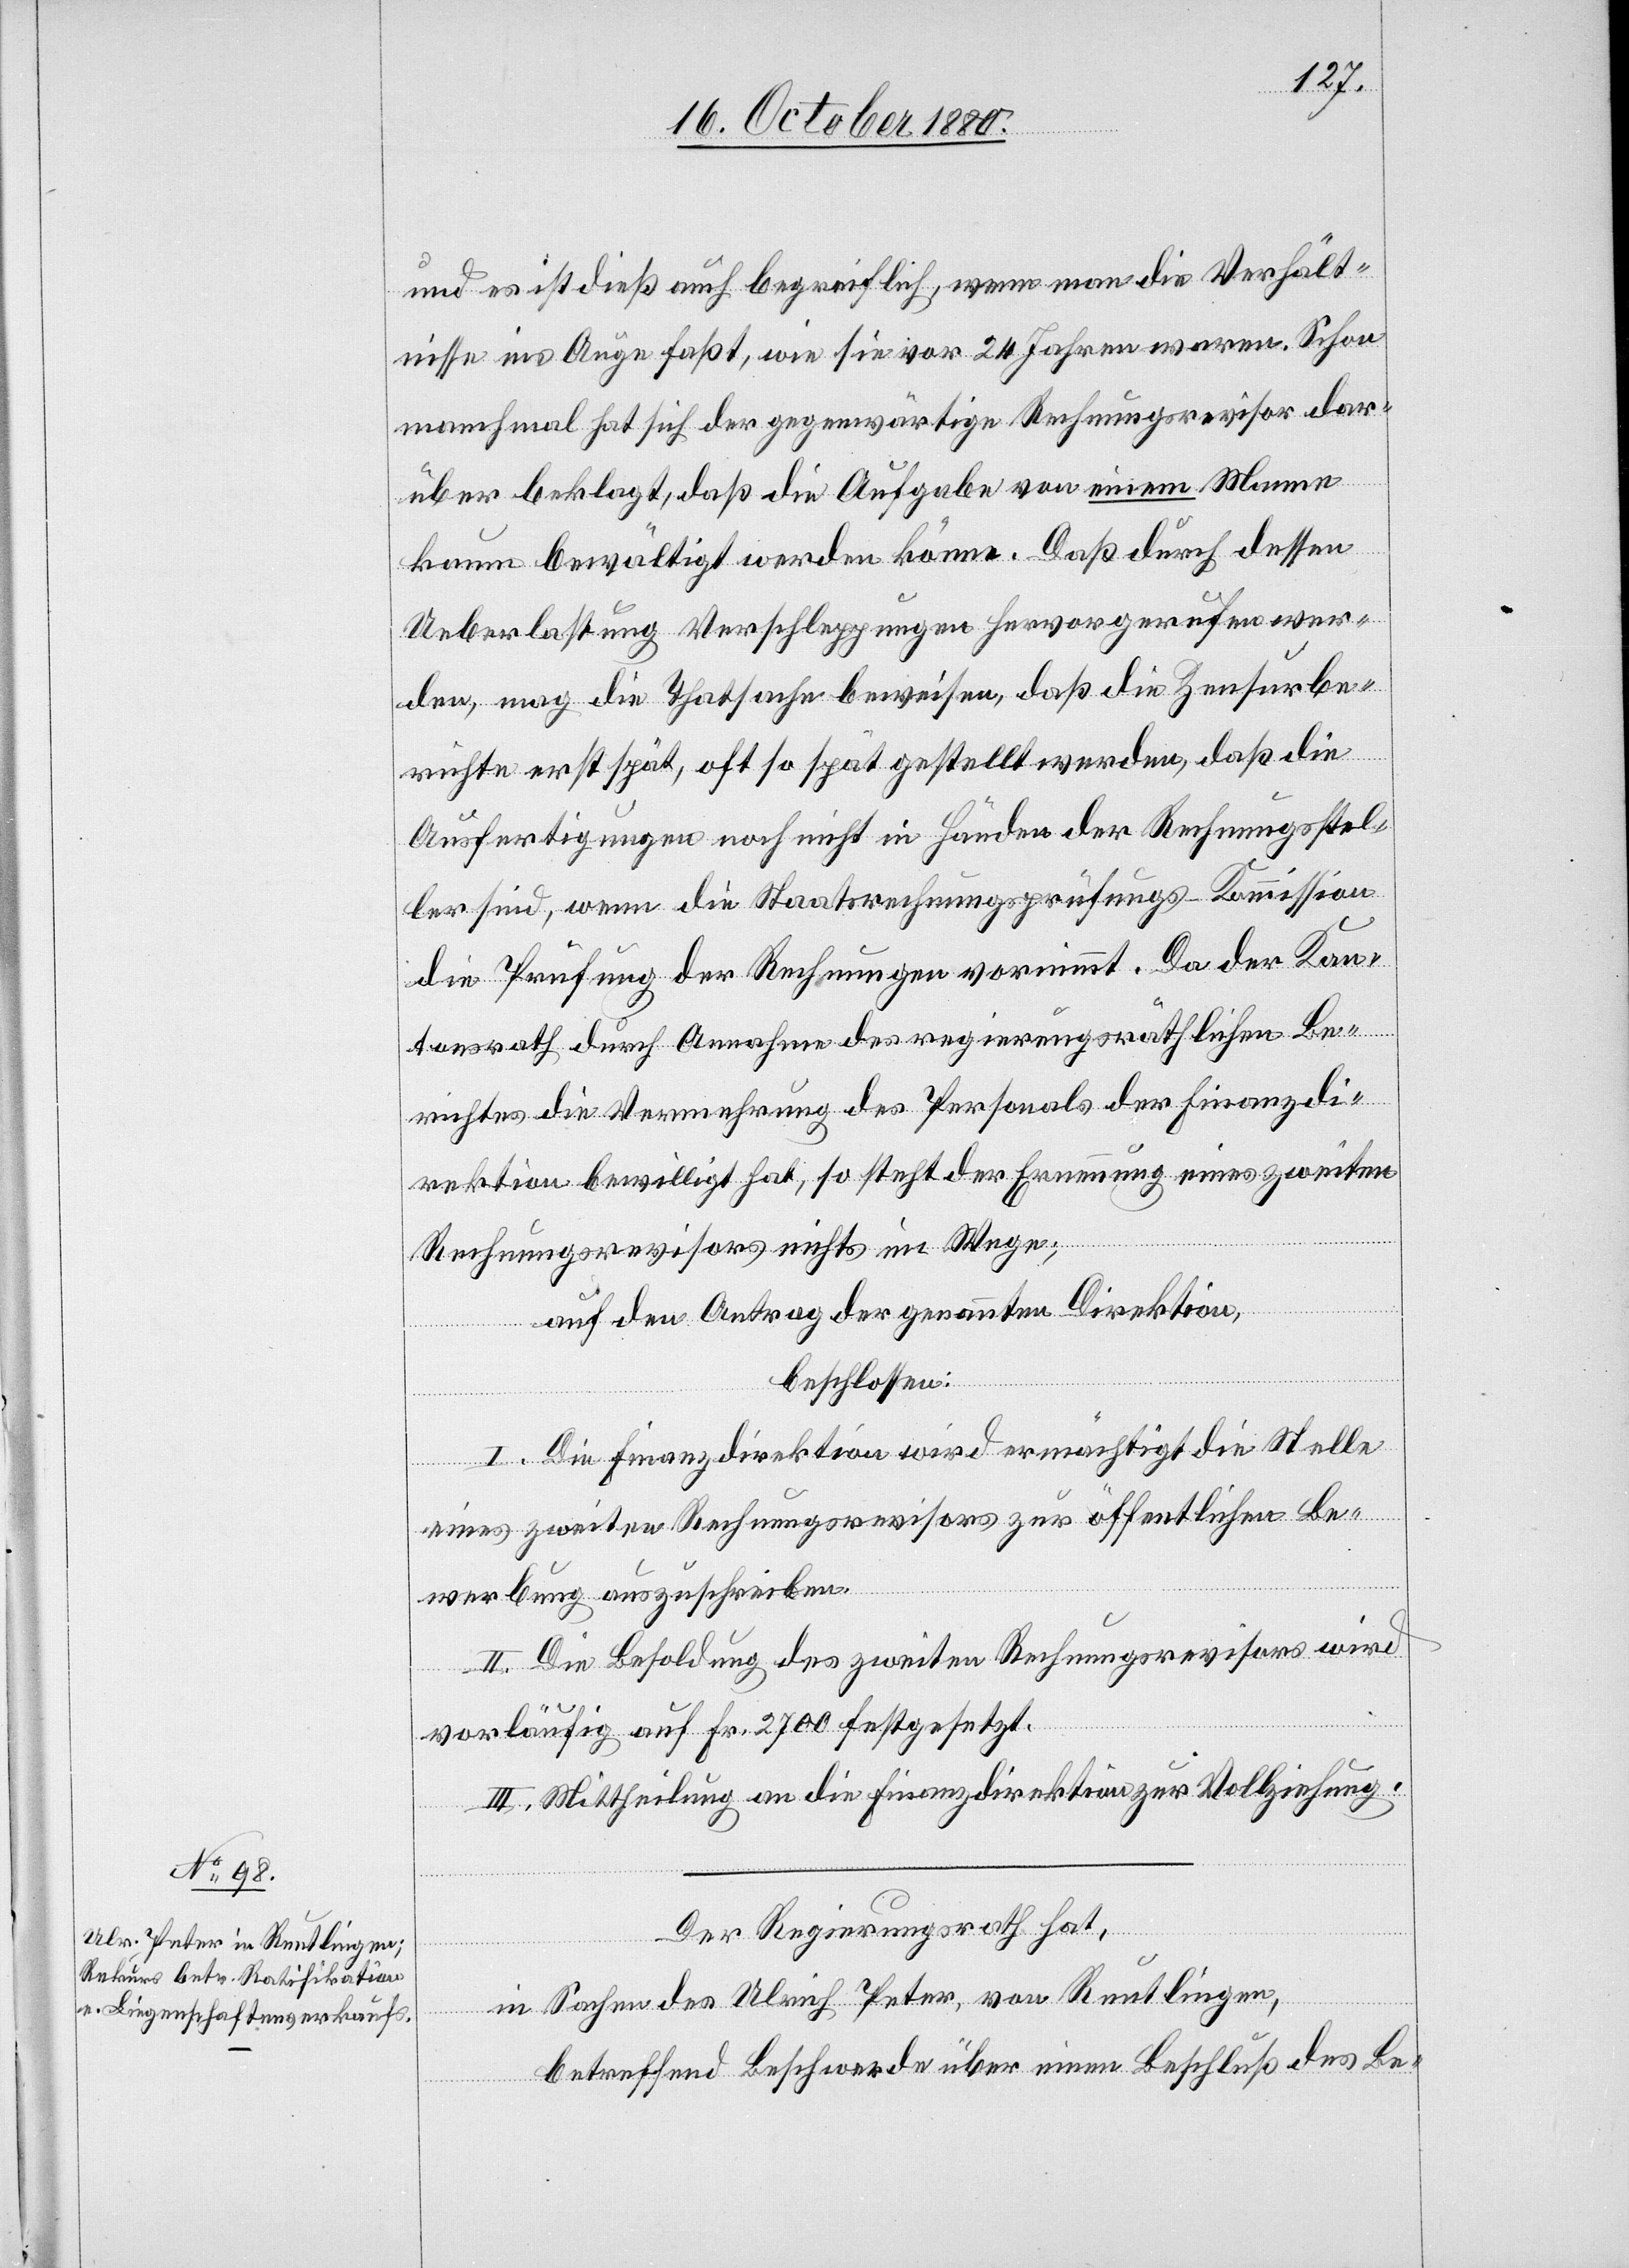
und es ist dieß auch begreiflich, wenn man die Verhält¬
nisse ins Auge faßt, wie sie vor 24 Jahren waren. Schon
manchmal hat sich der gegenwärtige Rechnungsrevisor dar¬
über beklagt, daß die Aufgabe von einem Manne
kaum bewältigt werden könne. Daß durch dessen
Ueberlastung Verschleppungen hervorgerufen wer¬
den, mag die Thatsache beweisen, daß die Zensurbe¬
richte erst spät, oft so spät gestellt werden, daß die
Ausfertigungen noch nicht in Händen der Rechnungsstel¬
ler sind, wenn die Staatsrechnungsprüfungs-Kommission
die Prüfung der Rechnungen vornimmt. Da der Kan¬
tonsrath durch Annahme des regierungsräthlichen Be¬
richtes die Vermehrung des Personals der Finanzdi¬
rektion bewilligt hat, so steht der Ernennung eines zweiten
Rechnungsrevisors nichts im Wege;
auf den Antrag der genannten Direktion,
beschlossen:
I. Die Finanzdirektion wird ermächtigt die Stelle
eines zweiten Rechnungsrevisors zur öffentlichen Be¬
werbung auszuschreiben.
II. Die Besoldung des zweiten Rechnungsrevisors wird
vorläufig auf Fr. 2700 festgesetzt.
III. Mittheilung an die Finanzdirektion zur Vollziehung.
Der Regierungsrath hat,
in Sachen des Ulrich Peter, von Reutlingen,
betreffend Beschwerde über einen Beschluß des Be-